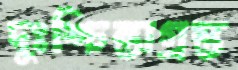
দুঃশ্চিন্তাগ্রস্ত